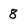
Character: 8